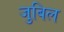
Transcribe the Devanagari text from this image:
जुबिल